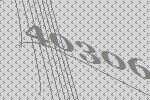
40306